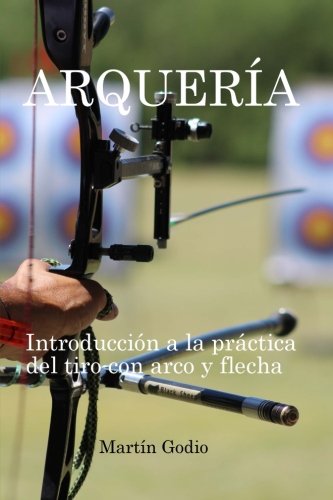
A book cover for Arqueria.: Introduccion a la Practica del Tiro con Arco y Flecha. (Spanish Edition); Martin Godio; Sports & Outdoors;